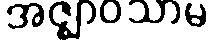
အဇ္ဈာဝသာမ